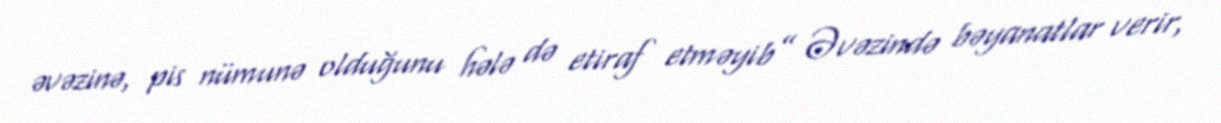
əvəzinə, pis nümunə olduğunu hələ də etiraf etməyib” Əvəzində bəyanatlar verir,